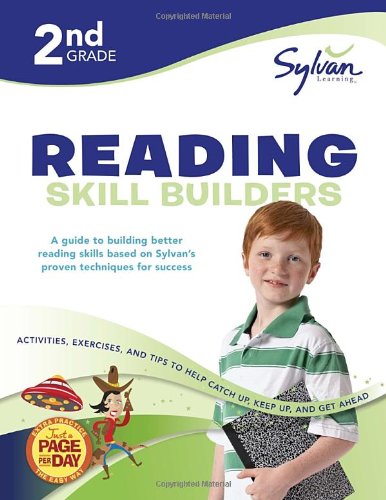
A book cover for Second Grade Reading Skill Builders (Sylvan Workbooks) (Language Arts Workbooks); Sylvan Learning; Reference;